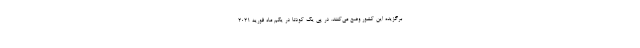
برگزیده این کشور وضع می‌کنند. در پی یک کودتا در یکم ماه فوریه ۲۰۲۱